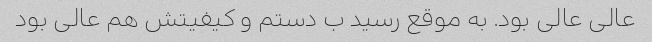
عالی عالی بود. به موقع رسید ب دستم و کیفیتش هم عالی بود